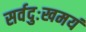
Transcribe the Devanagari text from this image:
सर्वदुःखमयं